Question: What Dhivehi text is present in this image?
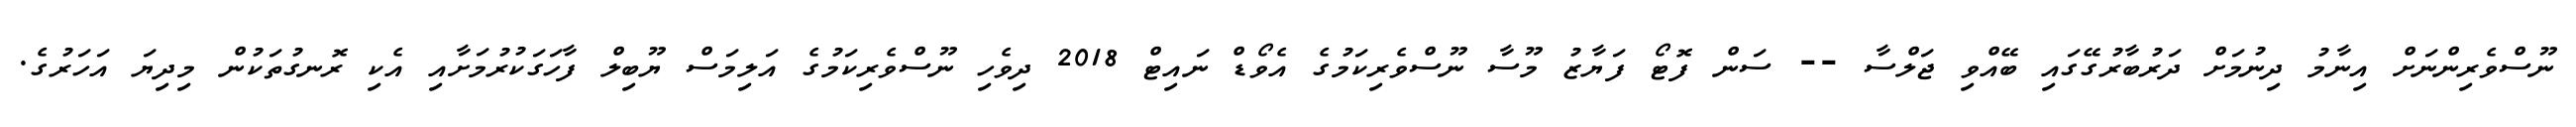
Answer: ނޫސްވެރިންނަށް އިނާމު ދިނުމަށް ދަރުބާރުގޭގައި ބޭއްވި ޖަލްސާ -- ސަން ފޮޓޯ ފަޔާޒު މޫސާ ނޫސްވެރިކަމުގެ އެވޯޑް ނައިޓް 2018 ދިވެހި ނޫސްވެރިކަމުގެ އަލިމަސް ޔޫބިލް ފާހަގަކުރުމަށާއި އެކި ރޮނގުތަކުން މިދިޔަ އަހަރުގެ.